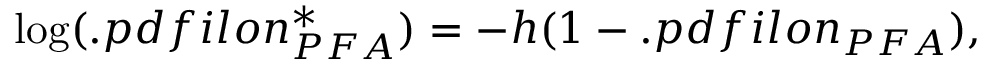
\begin{array} { r } { { \log ( { . p d f i l o n _ { P F A } ^ { * } } ) } = { - h ( 1 - . p d f i l o n _ { P F A } ) } , } \end{array}